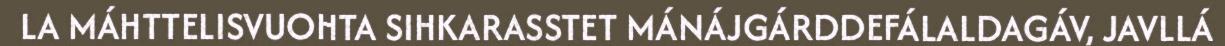
LA MÁHTTELISVUOHTA SIHKARASSTET MÁNÁJGÁRDDEFÁLALDAGÁV, JAVLLÁ